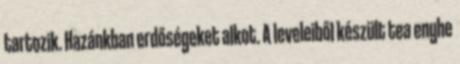
tartozik. Hazánkban erdőségeket alkot. A leveleiből készült tea enyhe